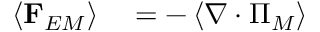
\begin{array} { r l } { \left\langle \mathbf { F } _ { E M } \right\rangle } & { { } = - \left\langle \nabla \cdot \boldsymbol { \Pi } _ { M } \right\rangle } \end{array}